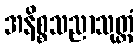
အနိစ္စသညာသုတ္တံ